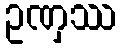
ဥဏှဿ